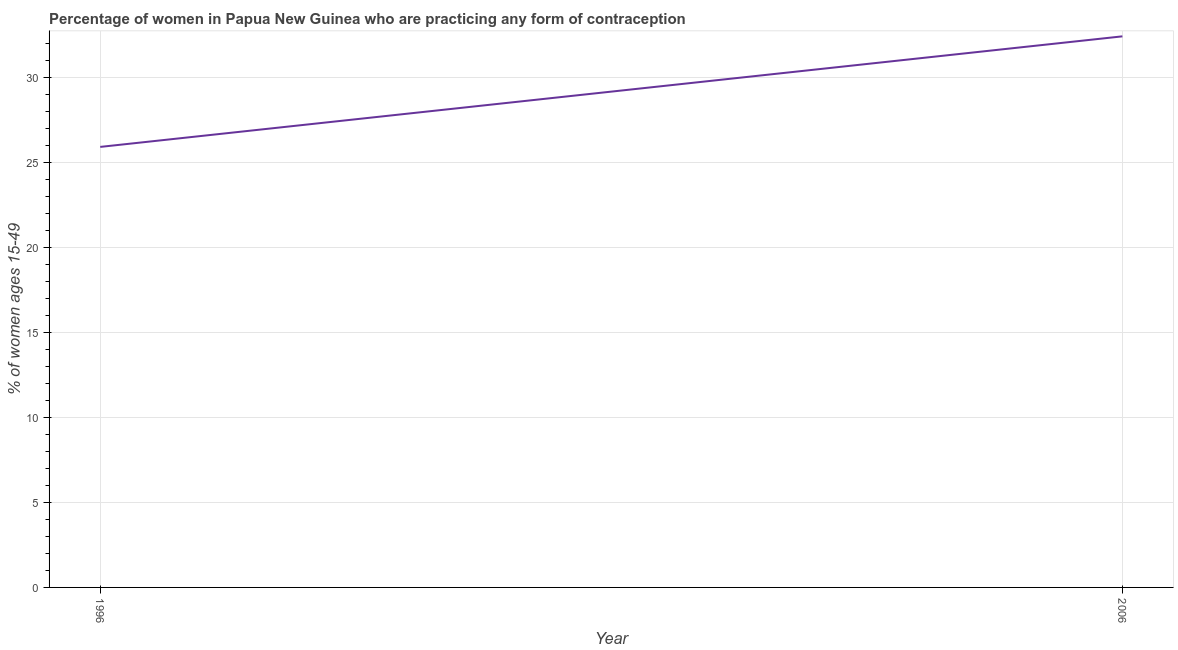
| Year | Contraceptive prevalence |
 | --- | --- |
 | 1996 | 25.9 |
 | 2006 | 32.4 |